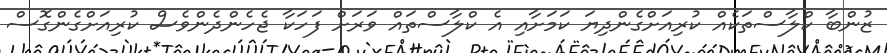
ޒުންބާ ކްލާސްތަކެއް ކުރިއަށްގެންދިޔަ ކަމަށާއި އެ ކްލާސްތައް ވަރަށް ފަހަކާ ޖެހެންދެންވެސް ކުރިއަށްގެންގޮސް